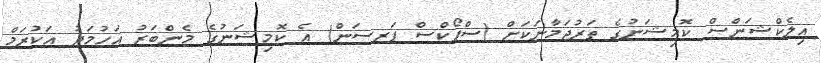
އިލެކްޝަންސް ކޮމިޝަނުގެ ތަރުޖަމާނަކަށް (ސްޕޯކްސް ޕަރސަން) އެ ކޮމިޝަނުގެ މެންބަރު އަހުމަދު އަކުރަމް